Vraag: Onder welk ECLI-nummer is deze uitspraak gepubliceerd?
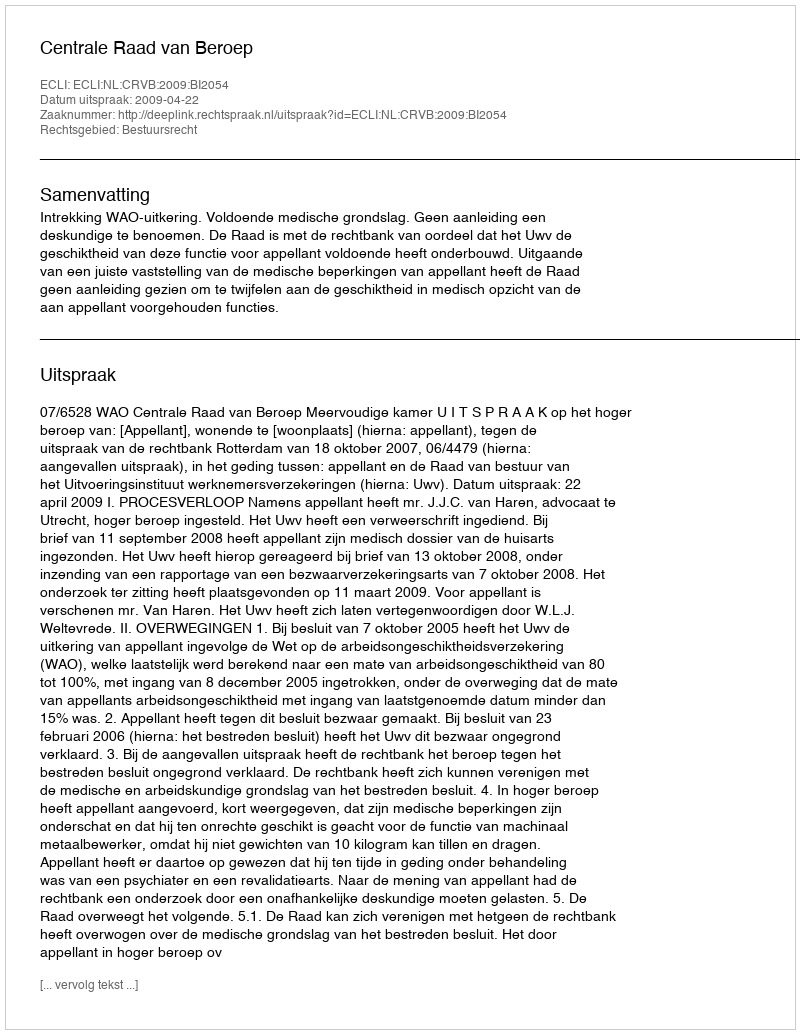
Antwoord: ECLI:NL:CRVB:2009:BI2054